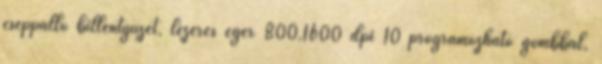
cseppálló billentyűzet, lézeres egér 800,1600 dpi 10 programozható gombbal,